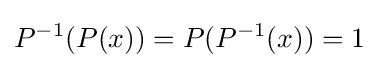
P^{-1}(P(x))=P(P^{-1}(x))=1